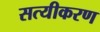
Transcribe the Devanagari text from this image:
सत्यीकरण